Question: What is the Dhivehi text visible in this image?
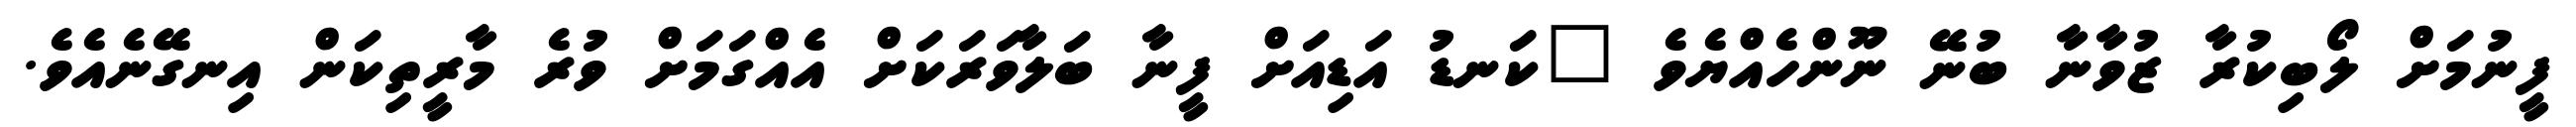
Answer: ފީނުމަށް ލޯބިކުރާ ޒުވާނާ ބުނޭ ނޫންހެއްޔެވެ "ކަނޑު އަޑިއަށް ފީނާ ބަލާވަރަކަށް އެއްގަމަށް ވުރެ މާރީތިކަން އިނގޭނެއެވެ.